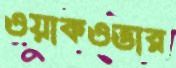
ওয়াকওভার